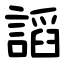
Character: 謟